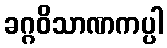
ခဂ္ဂဝိသာဏကပ္ပါ